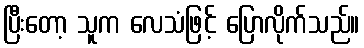
ပြီးတော့ သူက လေသံဖြင့် ပြောလိုက်သည်။